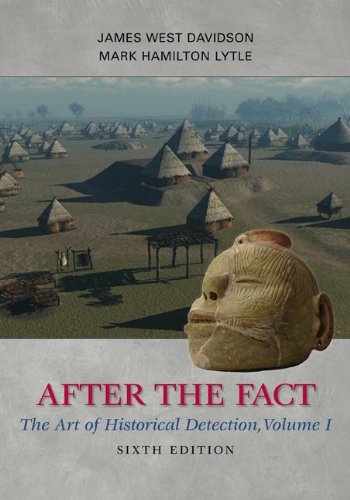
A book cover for After the Fact: The Art of Historical Detection, Volume I; James West Davidson; History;